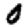
Digit: 0